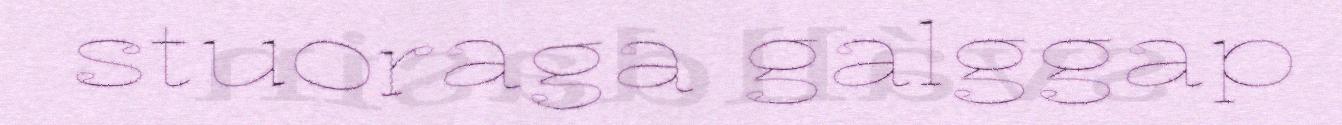
stuoraga galggap